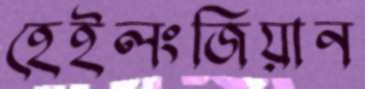
হেইলংজিয়ান